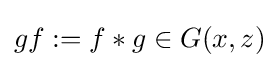
gf:=f*g\in G(x,z)